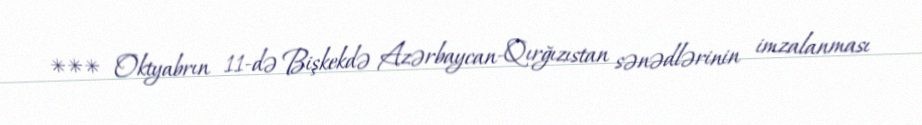
*** Oktyabrın 11-də Bişkekdə Azərbaycan-Qırğızıstan sənədlərinin imzalanması